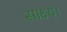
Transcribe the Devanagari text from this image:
साक्ष्य।